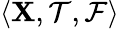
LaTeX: \langle\mathbf{X},{\mathcal{{T}}},{\mathcal{{F}}}\rangle